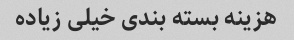
هزینه بسته بندی خیلی زیاده